Civil Veterinary Dept. North-West Frontier Province 1923-32 - 1923-1932
Year: 1923
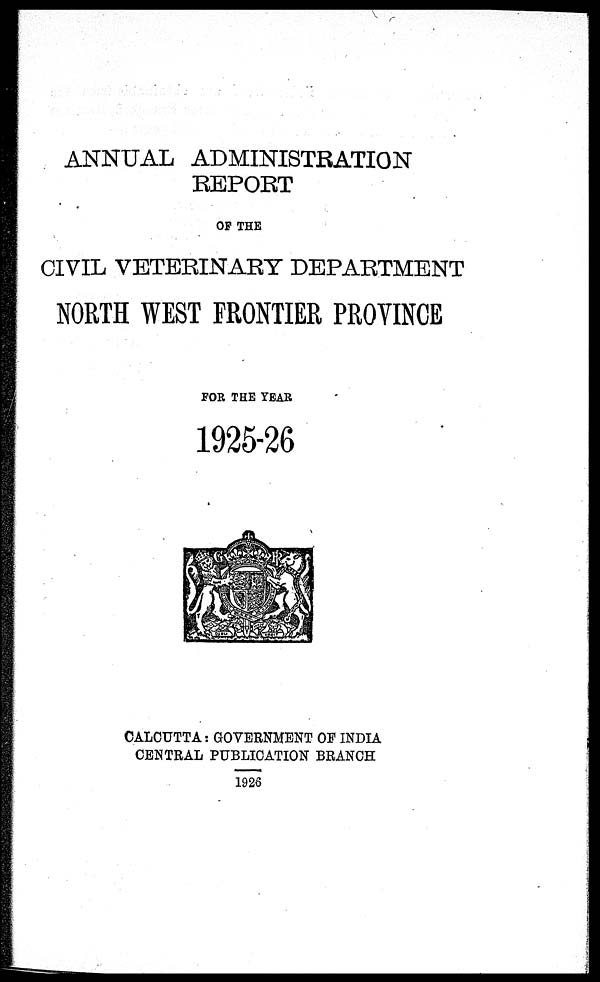
ANNUAL ADMINISTRATION
REPORT
OF THE
CIVIL VETERINARY DEPARTMENT
NORTH WEST FRONTIER PROVINCE
FOR THE YEAR
1925-26
CALCUTTA: GOVERNMENT OF INDIA
CENTRAL PUBLICATION BRANCH
1926